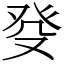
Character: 癹